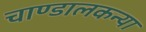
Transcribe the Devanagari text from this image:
चाण्डालकन्या